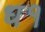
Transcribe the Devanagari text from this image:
ध१